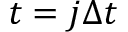
t = j \Delta t